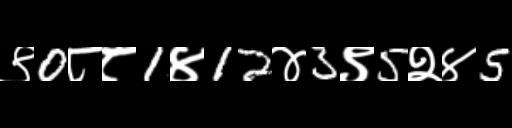
Text: ९0८८1४12४3९5२४5